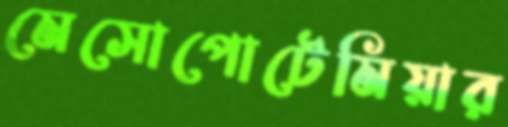
মেসোপোটেমিয়ার